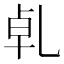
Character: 𠃵